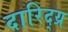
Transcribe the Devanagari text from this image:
दारिद्य्र